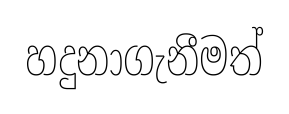
හදුනාගැනීමත්